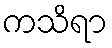
ကသိရာ